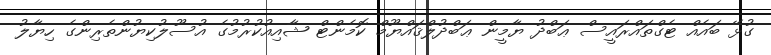
ގުޅޭ ބައެއް ޓެގްތައްރައީސް ޢަބްދު ޔާމީން ޢަބްދުލްޤައްޔޫމް ކޮމެންޓް ޝާއިއުކުރުމުގެ އުސޫލުކިޔުންތެރިންގެ ހިޔާލު